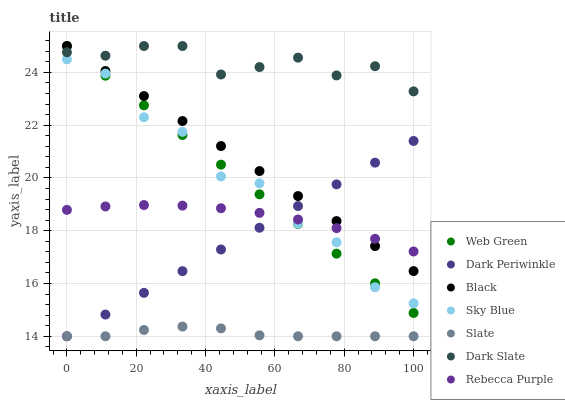
| xaxis_label | Web Green | Dark Periwinkle | Black | Sky Blue | Slate | Dark Slate | Rebecca Purple |
 | --- | --- | --- | --- | --- | --- | --- | --- |
 | 0 | 25 | 14 | 25 | 24.5 | 14 | 24.8 | 18.8 |
 | 11.1 | 23.9 | 14.8 | 24.1 | 24 | 14 | 24.6 | 18.9 |
 | 22.2 | 22.8 | 15.6 | 23.1 | 22.3 | 14.2 | 25 | 19 |
 | 33.3 | 21.6 | 16.5 | 22.2 | 21.7 | 14.4 | 25 | 19 |
 | 44.4 | 20.5 | 17.3 | 21.2 | 20.1 | 14.3 | 23.9 | 18.9 |
 | 55.6 | 19.4 | 18.1 | 20.3 | 19.8 | 14 | 24.2 | 18.7 |
 | 66.7 | 18.3 | 18.9 | 19.3 | 18.3 | 14 | 24.6 | 18.4 |
 | 77.8 | 17.1 | 19.8 | 18.4 | 17.6 | 14 | 23.9 | 18.1 |
 | 88.9 | 16 | 20.6 | 17.4 | 15.9 | 14 | 24.2 | 17.7 |
 | 100 | 14.9 | 21.4 | 16.5 | 15.2 | 14 | 23.3 | 17.2 |